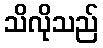
သိလိုသည်